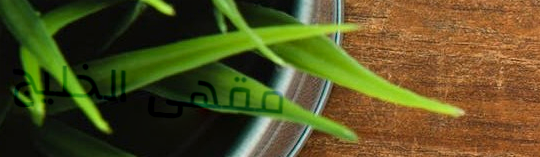
مقهى الخليج